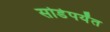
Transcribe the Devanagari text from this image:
सोडेपर्यंत